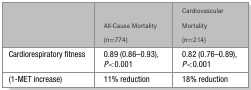
|  | All-Cause Mortality (n=774) | Cardiovascular Mortality (n=214) |
 | --- | --- | --- |
 | Cardiorespiratory fitness | 0.89 (0.86–0.93), P<0.001 | 0.82 (0.76–0.89), P<0.001 |
 | (1-MET increase) | 11% reduction | 18% reduction |